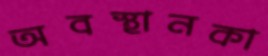
অবস্থানকা